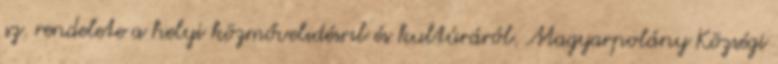
sz. rendelete a helyi közmővelıdésrıl és kultúráról. Magyarpolány Községi